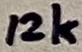
Text: 12k